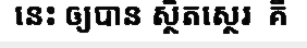
នេះ ឲ្យបាន ស្ថិតស្ថេរ  គឺ